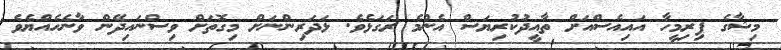
މިޝާގެ ފިރިމީހާ އައިއެސްއަށް ތާއީދުކުރިޔަސް އެންމެ ރަގަޅެވެ. ޅަދަރިންނަށް މިގޮތަށް ވިސްނައިދޭން ވާނެހެއްޔެވެ